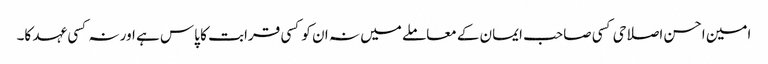
امین احسن اصلاحی کسی صاحب ایمان کے معاملے میں نہ ان کو کسی قرابت کا پاس ہے اور نہ کسی عہد کا۔